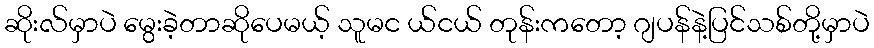
ဆိုးလ်မှာပဲ မွေးခဲ့တာဆိုပေမယ့် သူမင ယ်ငယ် တုန်းကတော့ ဂျပန်နဲ့ပြင်သစ်တို့မှာပဲ